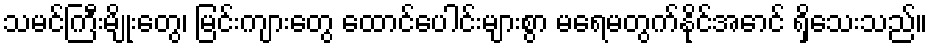
သမင်ကြီးမျိုးတွေ၊ မြင်းကျားတွေ ထောင်ပေါင်းများစွာ မရေမတွက်နိုင်အောင် ရှိသေးသည်။